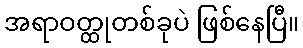
အရာဝတ္ထုတစ်ခုပဲ ဖြစ်နေပြီ။